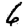
Digit: 6